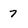
Character: 7